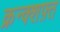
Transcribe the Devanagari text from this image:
क्रन्क्शफ़्त